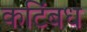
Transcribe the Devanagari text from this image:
कटिंबध